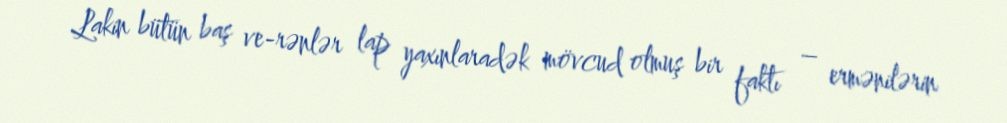
Lakin bütün baş ve­rənlər lap yaxınlaradək mövcud olmuş bir faktı – ermənilərin